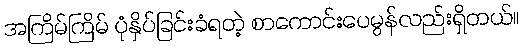
အကြိမ်ကြိမ် ပုံနှိပ်ခြင်းခံရတဲ့ စာကောင်းပေမွန်လည်းရှိတယ်။